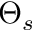
\Theta _ { s }